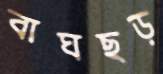
বাঘছড়